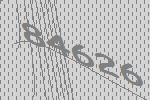
84626